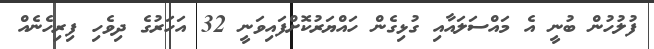
ފުލުހުން ބުނީ އެ މައްސަލައާއި ގުޅިގެން ހައްޔަރުކޮށްފައިވަނީ 32 އަހަރުގެ ދިވެހި ފިރިހެނެއް